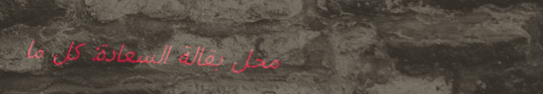
محل بقالة السعادة: كل ما